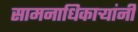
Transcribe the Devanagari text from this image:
सामनाधिकार्‍यांनी